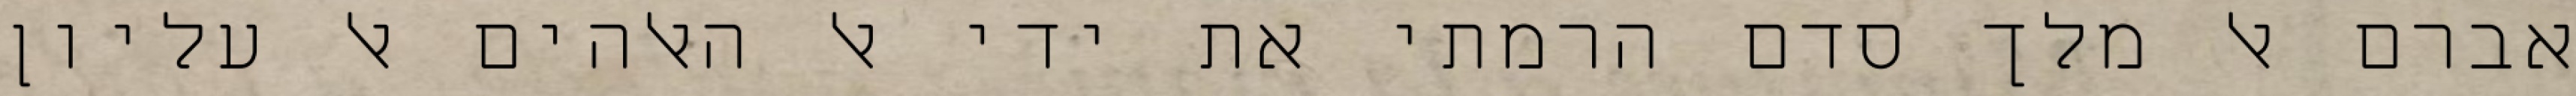
אברם אל מלך סדם הרמתי את ידי אל האלהים אל עליון